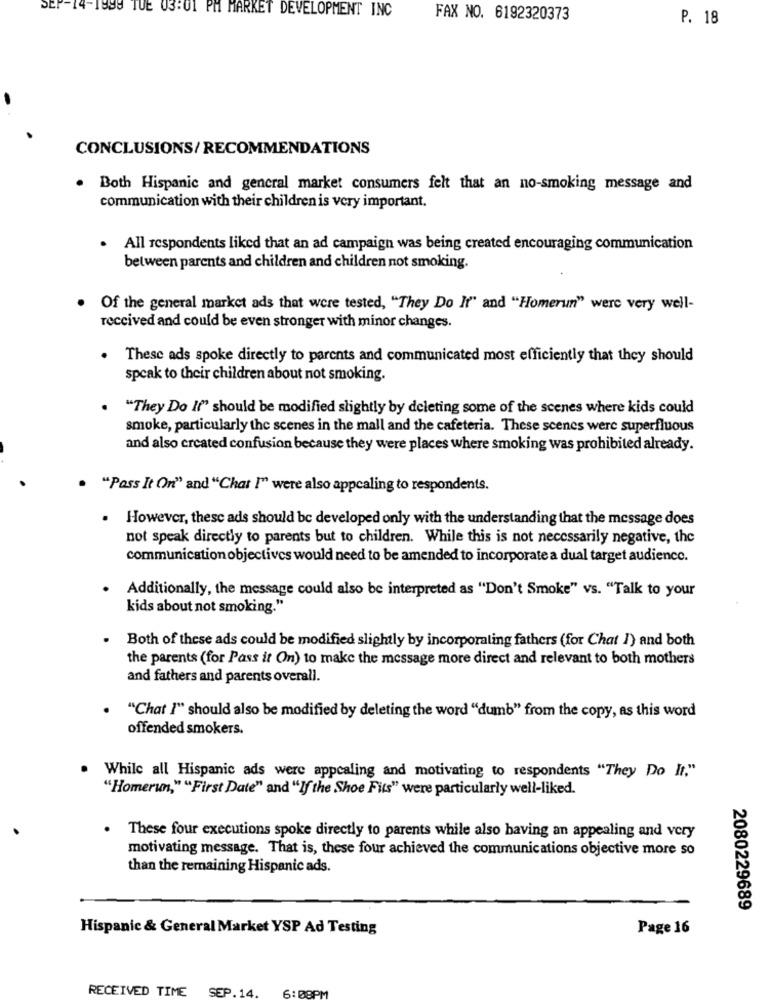
SEP-14-1899 TUE 03:01 PM MARKET DEVELOPMENT INC
FAX NO. 6192320373
P. 18
CONCLUSIONS/ RECOMMENDATIONS
Both Hispanic and general market consumers felt that an no-smoking message and
communication with their children is very important.
. All respondents liked that an ad campaign was being created encouraging communication
between parents and children and children not smoking.
Of the general market ads that were tested, "They Do It" and "Homerun" were very well-
received and could be even stronger with minor changes.
. These ads spoke directly to parents and communicated most efficiently that they should
speak to their children about not smoking.
"They Do If" should be modified slightly by deleting some of the scenes where kids could
smoke, particularly the scenes in the mall and the cafeteria. These scenes were superfluous
and also created confusion because they were places where smoking was prohibited already.
"Poss It On" and "Chat !" were also appcaling to respondents.
. However, thesc ads should be developed only with the understanding that the message does
not speak directly to parents but to children. While this is not necessarily negative, the
communication objectives would need to be amended to incorporate a dual target audience.
Additionally, the message could also be interpreted as "Don't Smoke" vs. "Talk to your
kids about not smoking."
.
Both of these ads could be modified slightly by incorporating fathers (for Chat I) and both
the parents (for Pass it On) to make the message more direct and relevant to both mothers
and fathers and parents overall.
"Chat I" should also be modified by deleting the word "dumb" from the copy, as this word
offended smokers.
While all Hispanic ads were appealing and motivating to respondents "They Do It."
"Homerun," "First Date" and "If the Shoe Fits" were particularly well-liked.
These four executions spoke directly to parents while also having an appealing and very
motivating message. That is, these four achieved the communications objective more so
than the remaining Hispanic ads.
2080229689
Hispanic & General Market YSP Ad Testing
Page 16
6:08PM
RECEIVED TIME SEP.14.